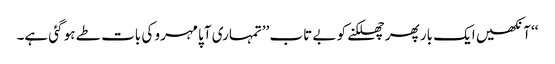
‘‘ آنکھیں ایک بار پھر چھلکنے کو بے تاب ’’تمہاری آپا مہرو کی بات طے ہو گئی ہے۔